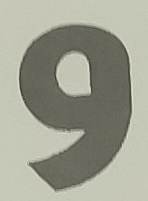
و